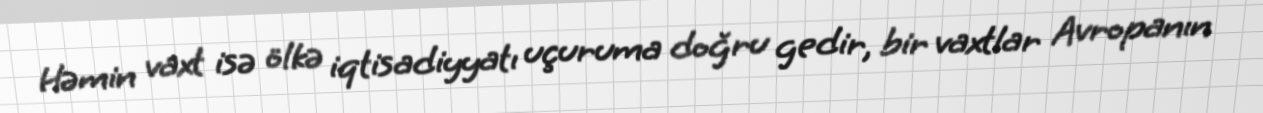
Həmin vaxt isə ölkə iqtisadiyyatı uçuruma doğru gedir, bir vaxtlar Avropanın